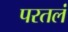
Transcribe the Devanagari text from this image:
परतलं